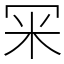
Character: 冞